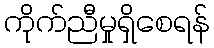
ကိုက်ညီမှုရှိစေရန်